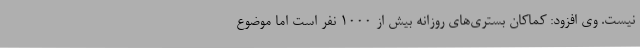
نیست. وی افزود: کماکان بستری‌های روزانه بیش از ۱۰۰۰ نفر است اما موضوع